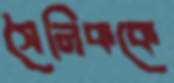
সৈনিককে